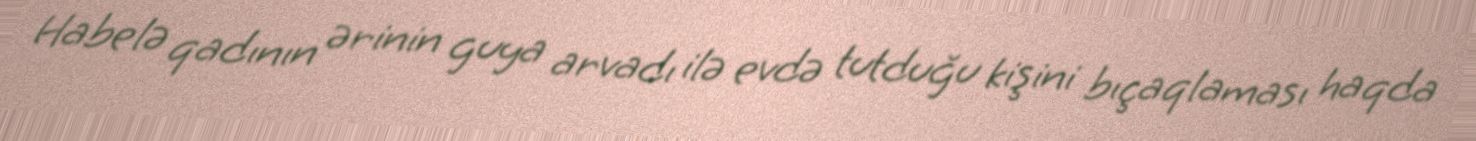
Habelə qadının ərinin guya arvadı ilə evdə tutduğu kişini bıçaqlaması haqda